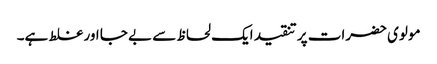
مولوی حضرات پر تنقید ایک لحاظ سے بے جا اور غلط ہے۔